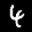
Label: 4